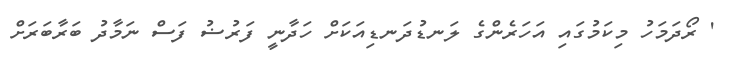
' ރޯދަމަހު މިކަމުގައި އަހަރެންގެ ލަނޑުދަނޑިއަކަށް ހަދާނީ ފަރުޟު ފަސް ނަމާދު ބަރާބަރަށް